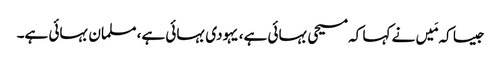
جیسا کہ مَیں نے کہا کہ مسیحی بہائی ہے، یہودی بہائی ہے، مسلمان بہائی ہے۔